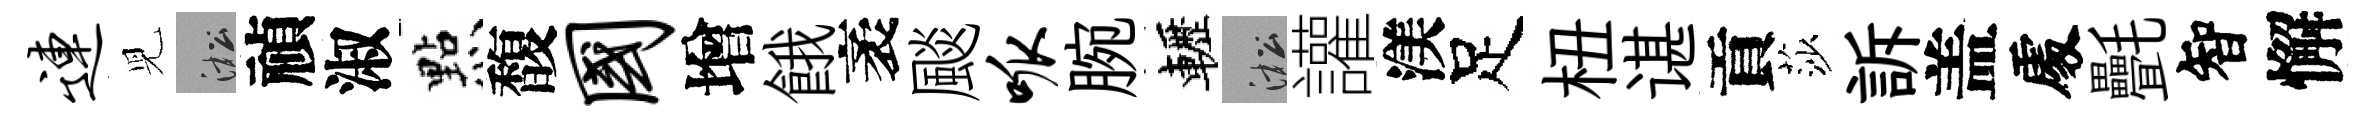
连児淞禎淑㸃馥国增餓袤颷呱腕轣淞讙渼足杻谌貢莎訴盖𠁅㲲智懈